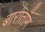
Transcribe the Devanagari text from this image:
बाराताँग